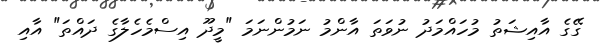
ގޭގެ އާއިޝަތު މުހައްމަދު ނުވަތަ އާންމު ނަމުންނަމަ "މީދޫ އިސްމެހެލާގެ ދައްތަ" އާއި